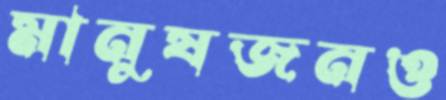
মানুষজনও